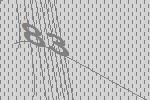
83